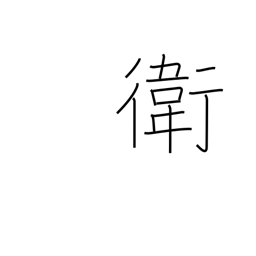
Meaning: protection